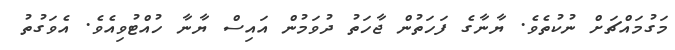
މަގުމައްޗަށް ނުކުތެވެ. ޔާނާގެ ފަހަތުން ޖާހަތު ދުވަމުން އައިސް ޔާނާ ހުއްޓުވިއެވެ. އެވަގުތު